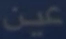
عين